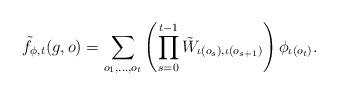
LaTeX: \begin{align*} \tilde f_{\phi, t}(g, o) = \sum_{o_1, \dots, o_{t}} \left(\prod_{s=0}^{t-1} \tilde W_{\iota(o_{s}), \iota(o_{s+1})} \right) \phi_{\iota(o_{t})}.\end{align*}